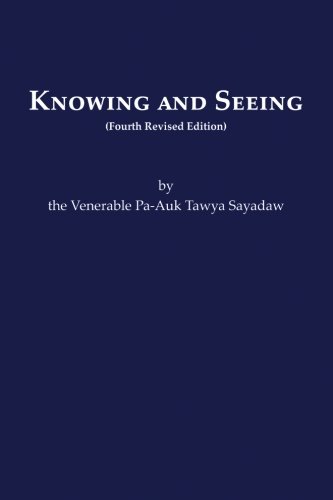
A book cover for Knowing & Seeing, 4th Edition; Pa-Auk Tawya Sayadaw; Religion & Spirituality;